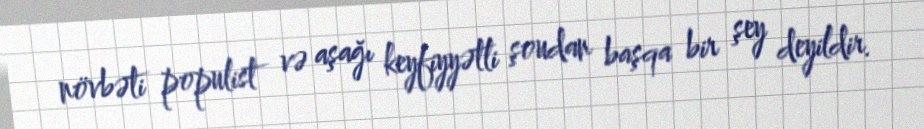
növbəti populist və aşağı keyfiyyətli şoudan başqa bir şey deyildir.